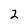
Character: 2